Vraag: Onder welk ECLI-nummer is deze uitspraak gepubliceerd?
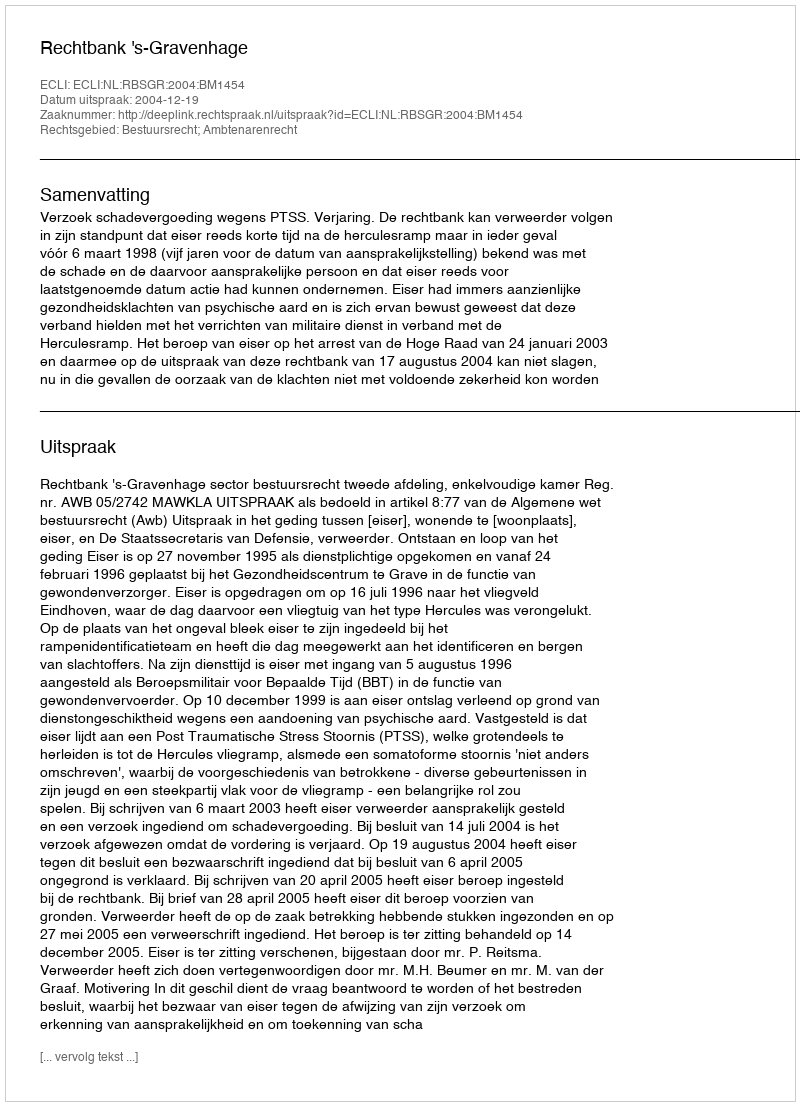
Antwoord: ECLI:NL:RBSGR:2004:BM1454